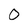
Character: 0